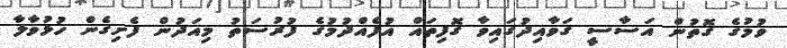
ވުމުގެ ގޮތުން އަސާސީ ގަވާއިދުގައިވާ ގޮފިތައް އުފެއްދުމުގެ ފުރުސަތު މިއަދުން ފެށިގެން ހުޅުވާލާ